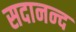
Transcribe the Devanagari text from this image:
सदानन्‍द